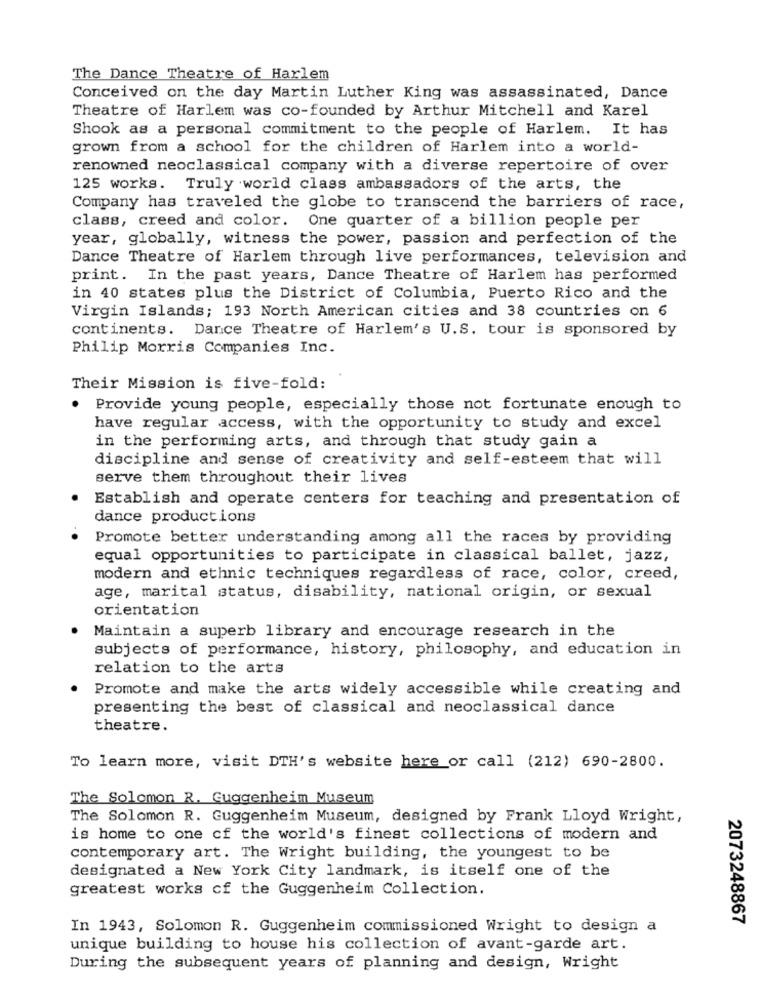
The Dance Theatre of Harlem
Conceived on the day Martin Luther King was assassinated, Dance
Theatre of Harlem was co-founded by Arthur Mitchell and Karel
Shook as a personal commitment to the people of Harlem. It has
grown from a school for the children of Harlem into a world-
renowned neoclassical company with a diverse repertoire of over
125 works. Truly world class ambassadors of the arts, the
Company has traveled the globe to transcend the barriers of race,
class, creed and color. One quarter of a billion people per
year, globally, witness the power, passion and perfection of the
Dance Theatre of Harlem through live performances, television and
print. In the past years, Dance Theatre of Harlem has performed
in 40 states plus the District of Columbia, Puerto Rico and the
Virgin Islands; 193 North American cities and 38 countries on 6
continents. Dance Theatre of Harlem's U.S. tour is sponsored by
Philip Morris Companies Inc.
Their Mission is five-fold:
Provide young people, especially those not fortunate enough to
have regular access, with the opportunity to study and excel
in the performing arts, and through that study gain a
discipline and sense of creativity and self-esteem that will
serve them throughout their lives
Establish and operate centers for teaching and presentation of
dance productions
Promote better understanding among all the races by providing
equal opportunities to participate in classical ballet, jazz,
modern and ethnic techniques regardless of race, color, creed,
age, marital status, disability, national origin, or sexual
orientation
Maintain a superb library and encourage research in the
subjects of performance, history, philosophy, and education in
relation to the arts
Promote and make the arts widely accessible while creating and
presenting the best of classical and neoclassical dance
theatre.
To learn more, visit DTH's website here or call (212) 690-2800.
The Solomon R. Guggenheim Museum
The Solomon R. Guggenheim Museum, designed by Frank Lloyd Wright,
is home to one cf the world's finest collections of modern and
contemporary art. The Wright building, the youngest to be
designated a New York City landmark, is itself one of the
greatest works cf the Guggenheim Collection.
2073248867
In 1943, Solomon R. Guggenheim commissioned Wright to design a
unique building to house his collection of avant-garde art.
During the subsequent years of planning and design, Wright